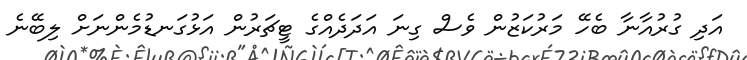
އަދި ގުރުއާނާ ބެހޭ މަރުކަޒުން ވެސް ގިނަ އަދަދެއްގެ ޓީޗަރުން އަޅުގަނޑުމެންނަށް ލިބޭނެ